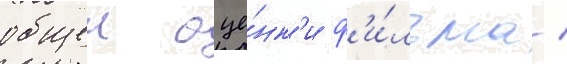
общеи оце́нк'и ф'и́льма /